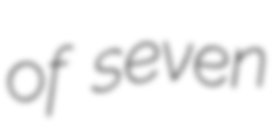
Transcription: of seven